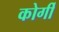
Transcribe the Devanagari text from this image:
कोर्गी